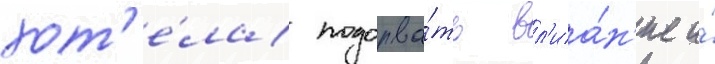
хот'е́ла подорва́ть вл'иа́н'ие и́